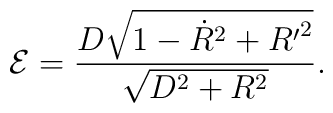
{\cal E} = \frac{D\sqrt{1-{\dot R}^2 + {R^{\prime}}^2}}{\sqrt{D^2+R^2}}.